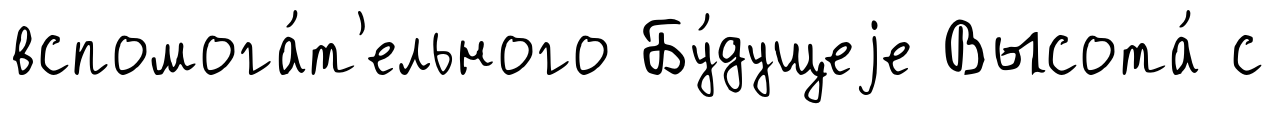
вспомога́т'ельного Бу́дущеjе Высота́ с